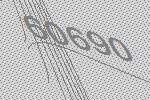
60690